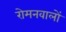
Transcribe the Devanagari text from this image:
रोमनवालों